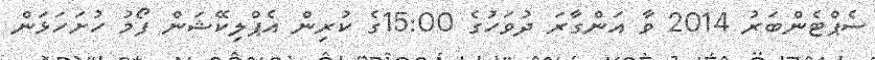
ސެޕްޓެންބަރު 2014 ވާ އަންގާރަ ދުވަހުގެ 15:00ގެ ކުރިން އެޕްލިކޭޝަން ފޯމު ހުށަހަޅަން